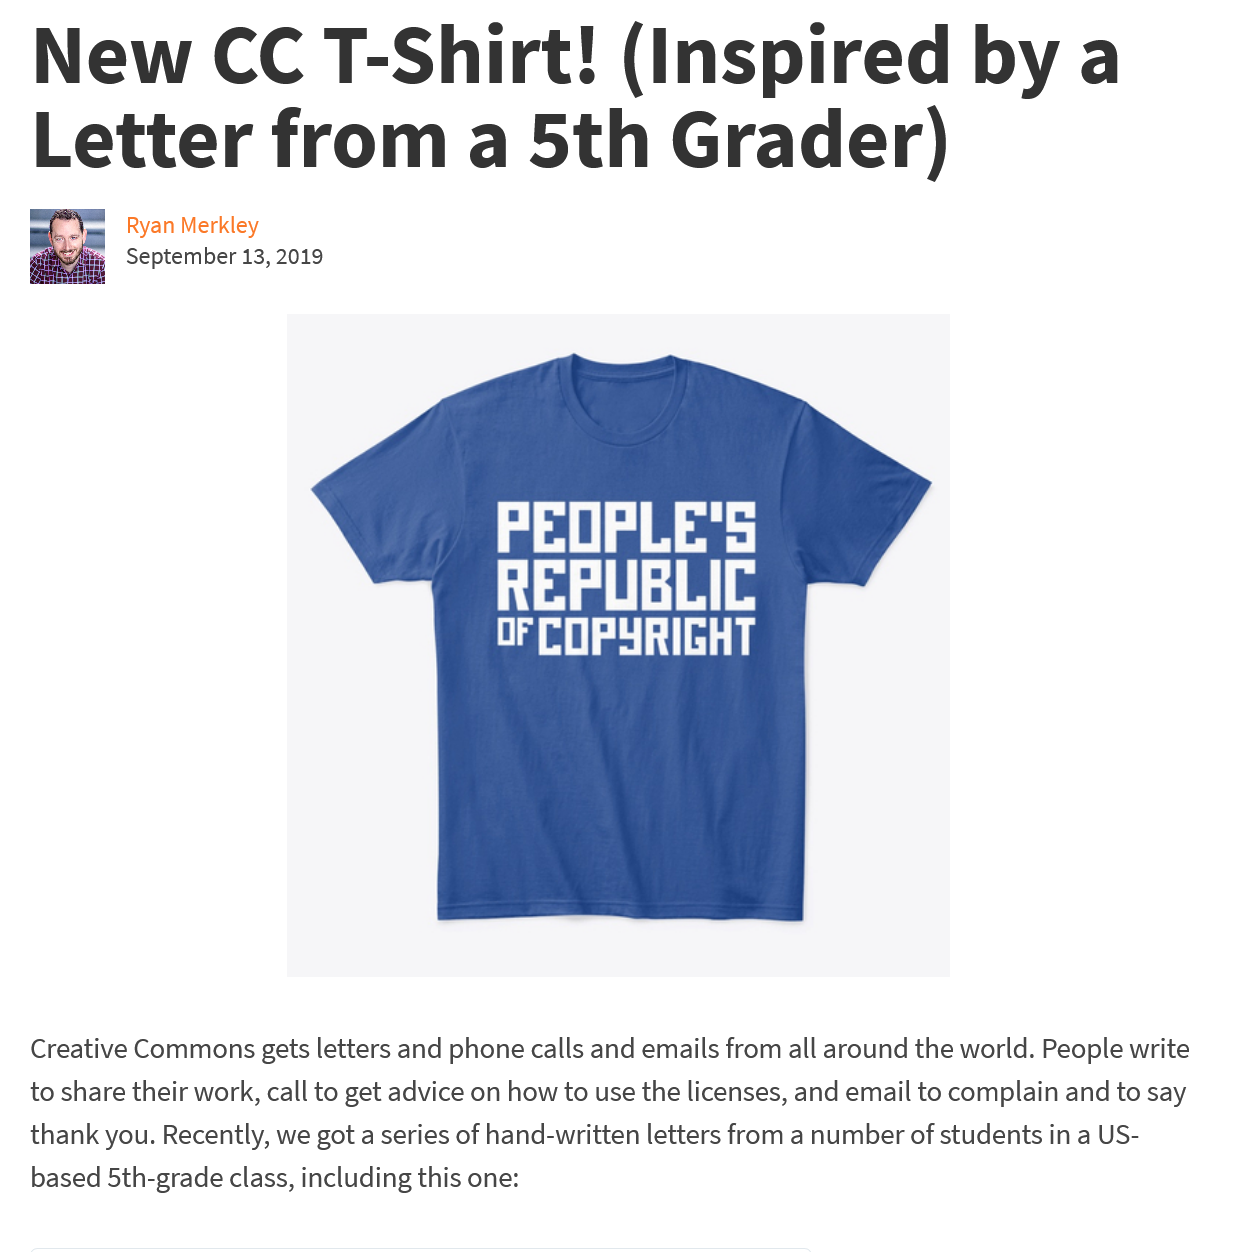
New    CC    T-Shirt!    (Inspired    by    a
   Letter    from    a    5th    Grader)
     Ryan Merkley
     September 13, 2019

     a    Ae
     iy    ef
     Ua
   Creative Commons gets letters and phone calls and emails from all around the world. People write
   to share their work, call to get advice on how to use the licenses, and email to complain and to say
   thank you. Recently, we got a series of hand-written letters from a number of students in a US-
   based 5th-grade class, including this one: